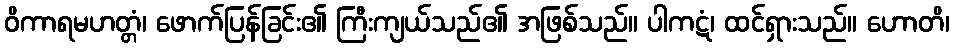
ဝိကာရမဟတ္တံ၊ ဖောက်ပြန်ခြင်း၏ ကြီးကျယ်သည်၏ အဖြစ်သည်။ ပါကဋံ၊ ထင်ရှားသည်။ ဟောတိ၊